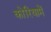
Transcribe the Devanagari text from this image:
कोरियामें